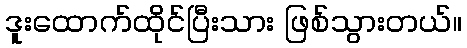
ဒူးထောက်ထိုင်ပြီးသား ဖြစ်သွားတယ်။